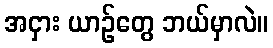
အငှား ယာဉ်တွေ ဘယ်မှာလဲ။